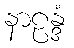
နာဠန္ဒံ